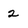
Character: 2